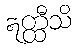
ဣတ္ထီသိ